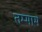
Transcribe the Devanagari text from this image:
तम्माम